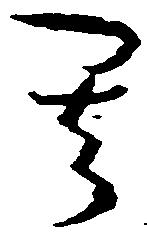
其